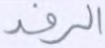
الرفد